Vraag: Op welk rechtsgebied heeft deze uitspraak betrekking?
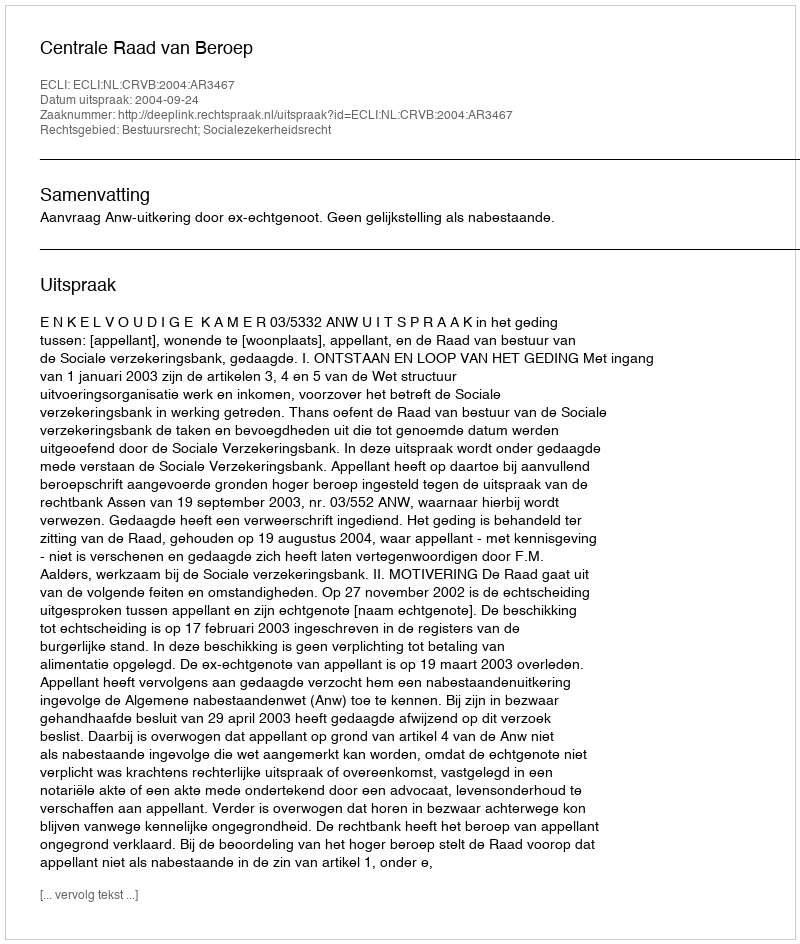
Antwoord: Bestuursrecht; Socialezekerheidsrecht